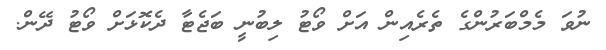
ނުވަ މެމްބަރުންގެ ތެރެއިން އަށް ވޯޓު ލިބުނީ ބަޖެޓާ ދެކޮޅަށް ވޯޓު ދޭން.